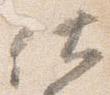
仕